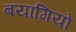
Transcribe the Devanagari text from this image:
बयागियों